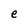
Character: e